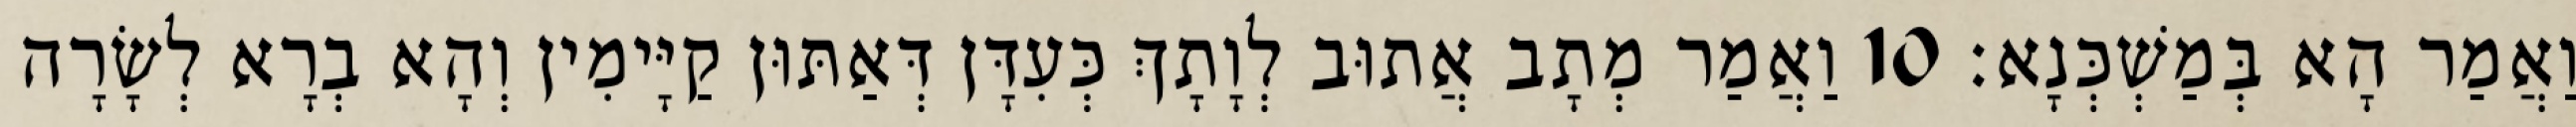
וַאֲמַר הָא בְּמַשְׁכְּנָא׃ 10 וַאֲמַר מְתָב אֲתוּב לְוָתָךְ כְּעִדָּן דְּאַתּוּן קַיָּימִין וְהָא בְרָא לְשָׂרָה